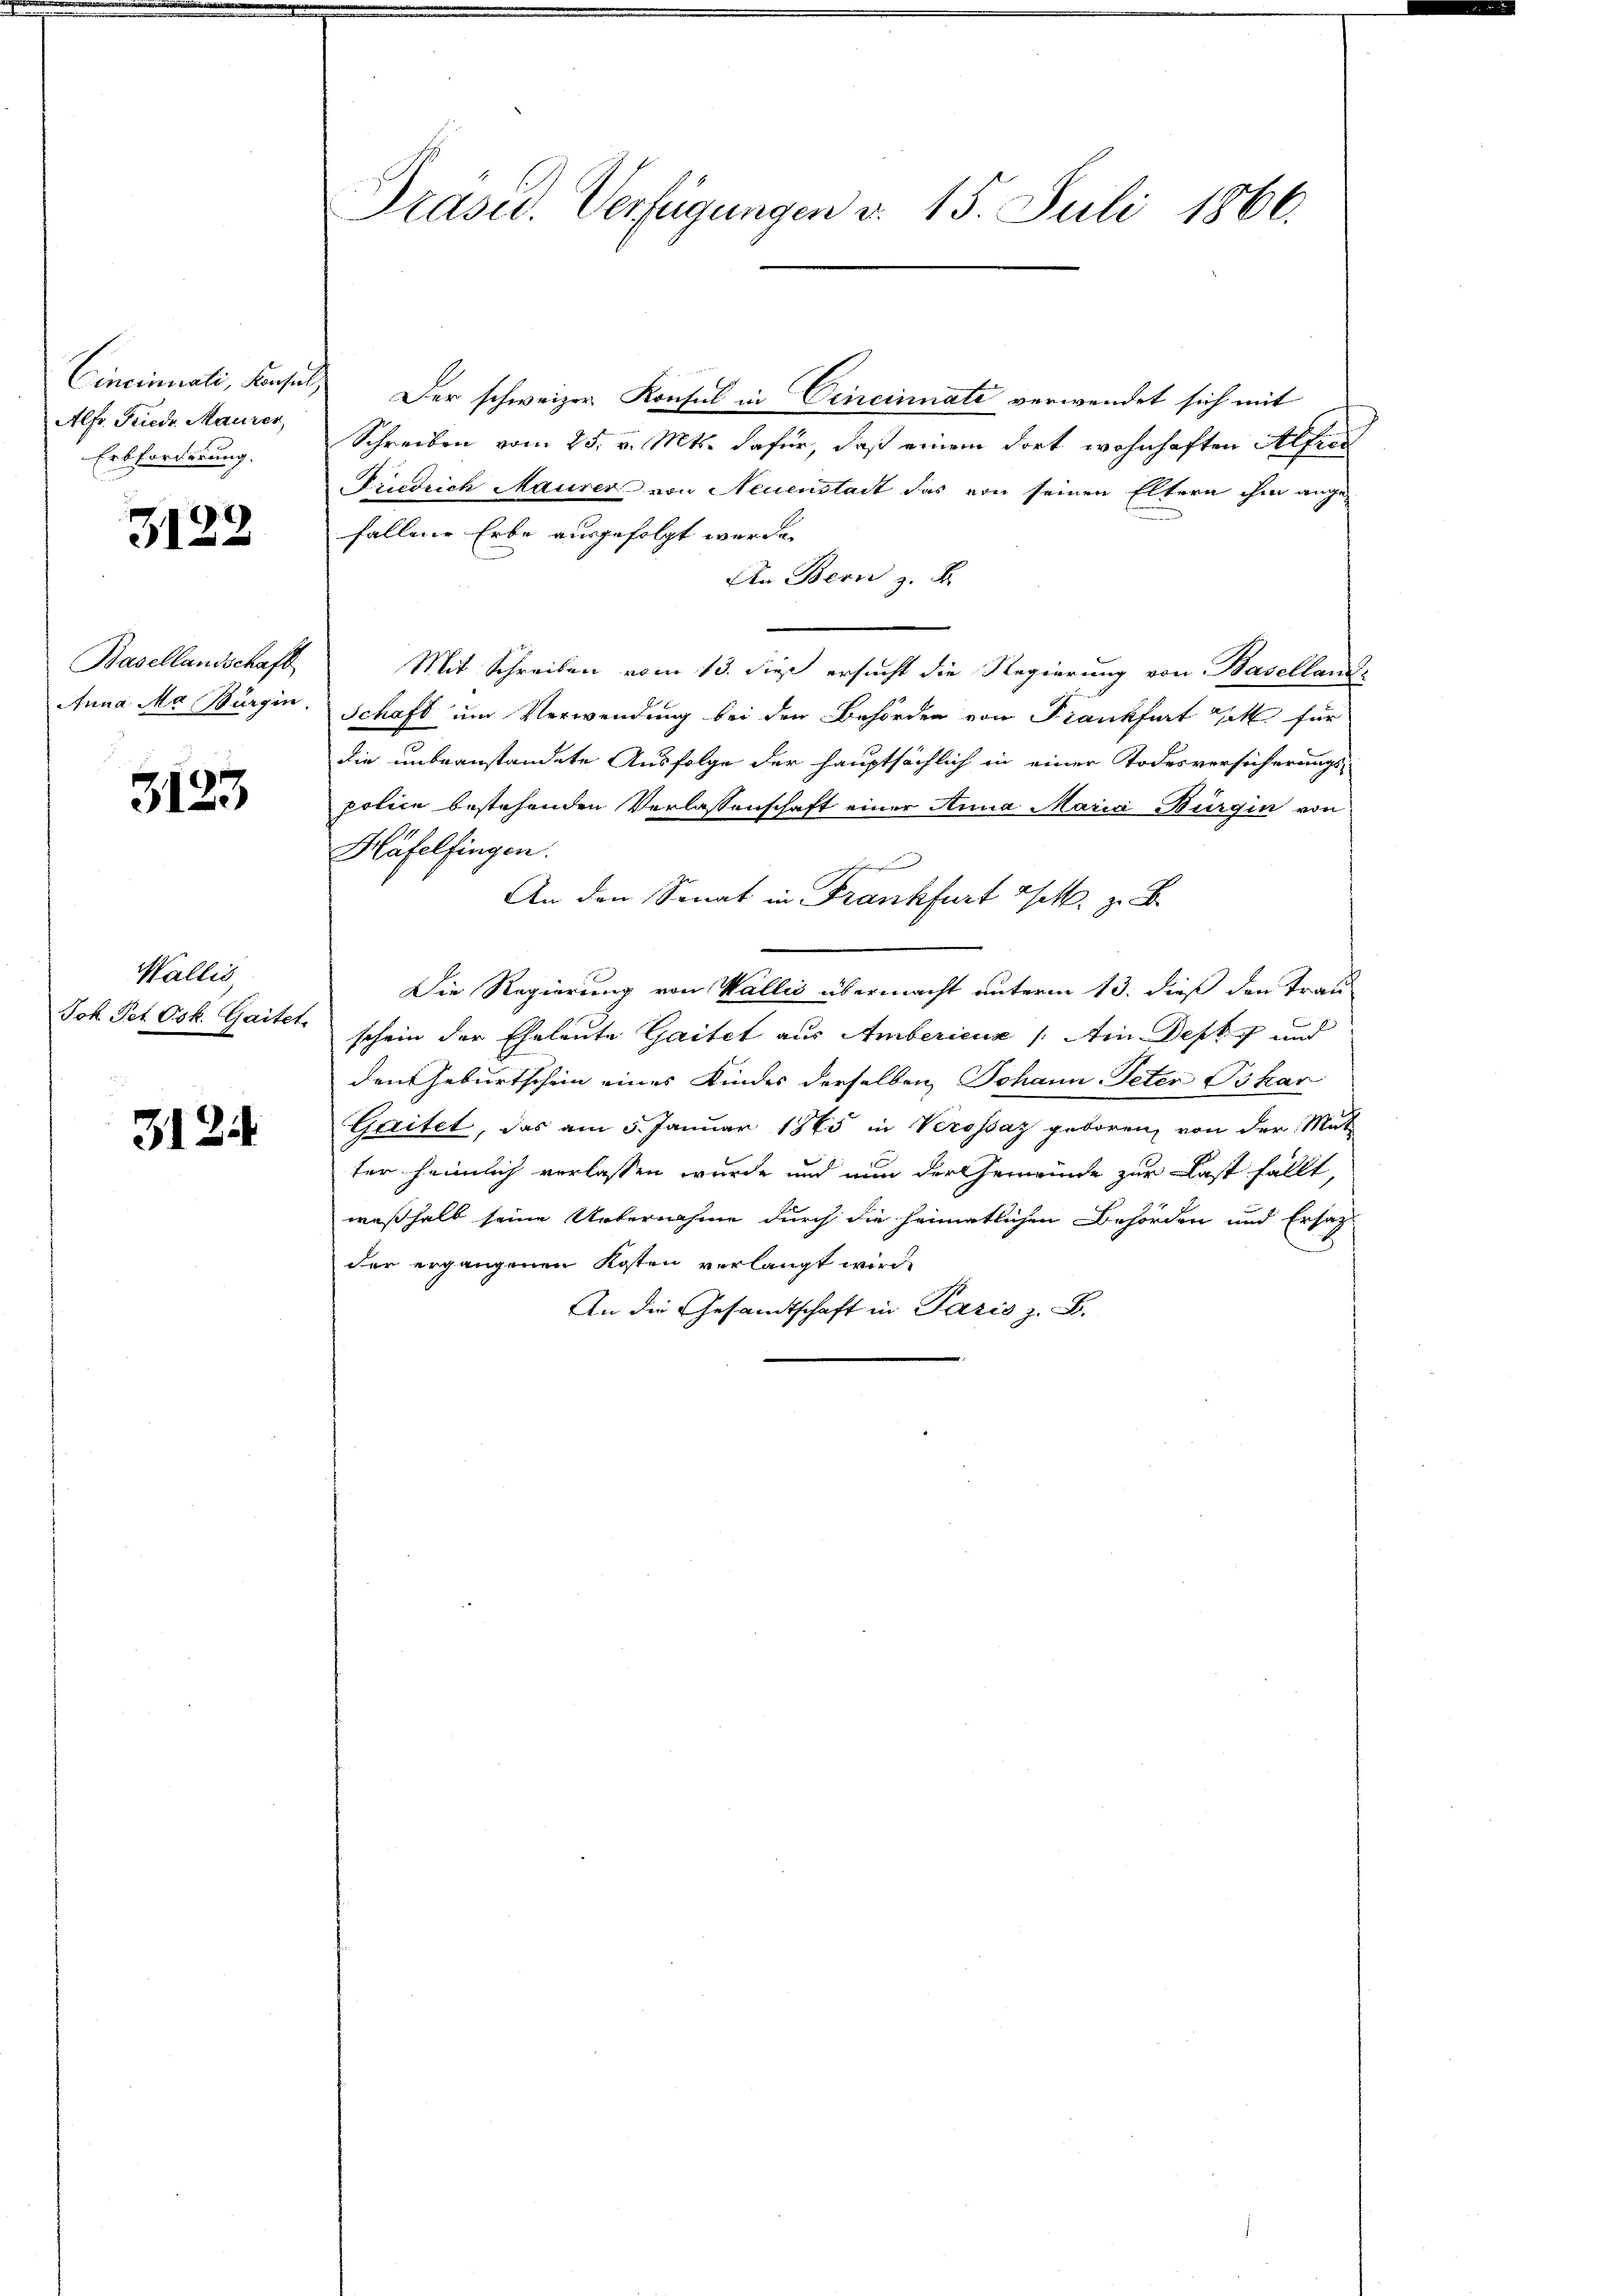
Cincinali, Konsul,
Alfr. Friedr. Maurer
Erbforderung.

.
31

Basellandschaft
Anna Ma Bürgin

3123

Wallis,
Jok Pet Osk. Gaitet.

3124

Präsid. Verfügungen v. 15. Juli 1866.

Der schweizer Konsul in Cincinnate verwendet sich mit
Schreiben vom 25. v. Mts. dafür, daß einem dort wohnhaften Alfred
Friedrich Maurer von Neuenstait das von seinen Eltern ihm angefallene Erbe ausgefolgt wurde.
An Bern z. B.
Mit Schreiben vom 13. dieß ersucht die Regierung von Baselland
Schaft um Verwendung bei den Behörden von Frankfurt et für
die unbeanstandete Ausfolge der hauptsächlich in einer Todesversicherungspolice bestehenden Verlassenschaft einer Anna Maria Burgin von
Häfelfingen.
tre
An den Sonat in Frankfurt a/M. z. B.
Die Regierung von Wallis übermacht unterm 13. dieß den Trau-
schein der Eheleute Gartet aus Ambericus /: Ain Decke und
den Geburtschein eines Kindes derselben Johann Peter Bskar
Gaitel, das am 5. Januar 1865 in Verossaz geboren, von der Mut
ter heimlich verlassen wurde und nun der Gemeinde zur Last fällt,
weßhalb seine Uebernahme durch die heimatlichen Behörden und Ersatz
der ergangenen Kosten verlangt wird,
An die Gesandtschaft in Paris z. B.